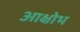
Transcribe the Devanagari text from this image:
आक्षोभ